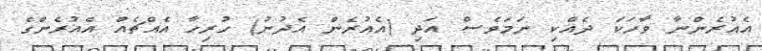
އެއުރެންނާ ވާހަކަ ދެއްކި ނަމަވެސް އަދި (އެއުރެން އެދުނު) ހުރިހާ އެއްޗެއް އެއުރެންގެ